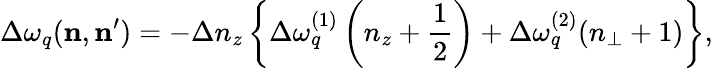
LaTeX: \Delta\omega_{q}(\mathbf{n},\mathbf{n^{\prime}})=-\Delta n_{z}\left\{ \Delta\omega_{q}^{(1)}\left(n_{z}+\frac{1}{2}\right)+\Delta\omega_{q}^{(2)}(n_{\bot}+1)\right\} ,